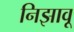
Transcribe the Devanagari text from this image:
निझावू